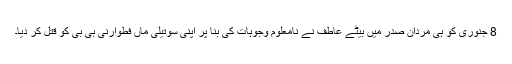
8 جنوری کو ہی مردان صدر میں بیٹے عاطف نے نامعلوم وجوہات کی بنا پر اپنی سوتیلی ماں فطوارنی بی بی کو قتل کر دیا۔